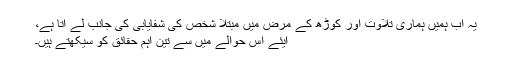
یہ اب ہمیں ہماری تلاوت اور کوڑھ کے مرض میں مبتلا شخص کی شفایابی کی جانب لے آتا ہے،
آیئے اِس حوالے میں سے تین اہم حقائق کو سیکھتے ہیں۔